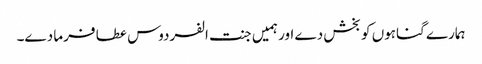
ہمارے گناہوں کو بخش دے اور ہمیں جنت الفردوس عطا فرما دے۔